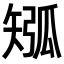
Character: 𥏩